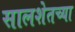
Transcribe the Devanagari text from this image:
सालशेतच्या